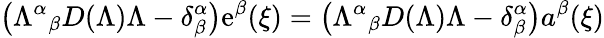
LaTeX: \left({\Lambda^{\alpha}}_{\beta}D(\Lambda)\Lambda-\delta_{\beta}^{\alpha}\right)\mathrm{e}^{\beta}(\xi)=\left({\Lambda^{\alpha}}_{\beta}D(\Lambda)\Lambda-\delta_{\beta}^{\alpha}\right)a^{\beta}(\xi)